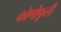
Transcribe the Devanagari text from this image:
कोर्णोफूली